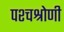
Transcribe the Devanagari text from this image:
पश्चश्रोणी